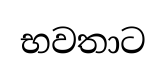
භවතාට